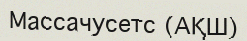
Массачусетс (АҚШ)